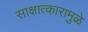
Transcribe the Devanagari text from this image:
साक्षात्कारामुळे